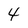
Character: 4